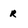
Character: r